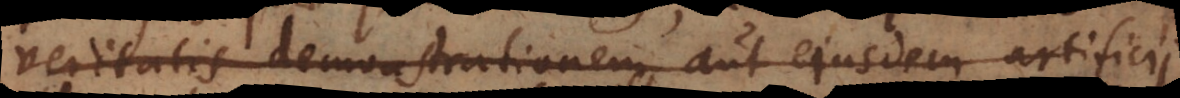
veritatis demonstrationem, aut ejusdem artificii